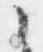
之